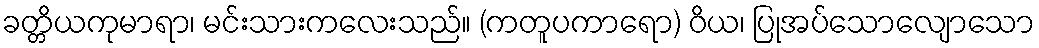
ခတ္တိယကုမာရာ၊ မင်းသားကလေးသည်။ (ကတူပကာရော) ဝိယ၊ ပြုအပ်သောလျောသော